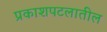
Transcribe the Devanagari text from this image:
प्रकाशपटलातील